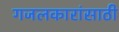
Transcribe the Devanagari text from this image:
गजलकारांसाठी